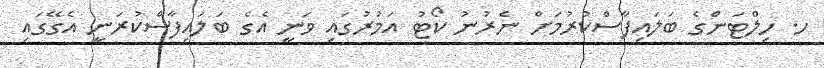
ހ. ހިލްޓަންގެ ބަލައިފާސްކުރުމަށް ނެރުނު ކޯޓު އަމުރުގައި ވަނީ އެގެ ބަލައިފާސްކުރަނީ އެގޭގައި